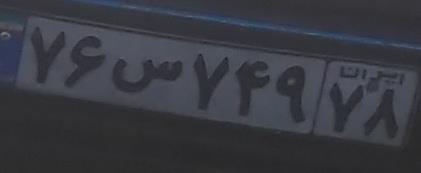
۷۶س۷۴۹۷۸